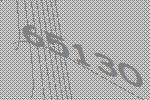
65130